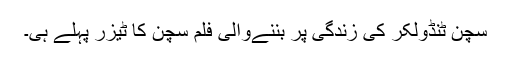
سچن ٹنڈولکر کی زندگی پر بننےوالی فلم سچن کا ٹیزر پہلے ہی۔